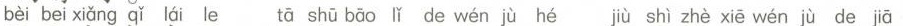
bèi bei xiǎng qǐ lái le tā shū bāo lǐ de wén jù hé jù shì zhè xiē wén jù de jiā